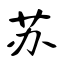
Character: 苏